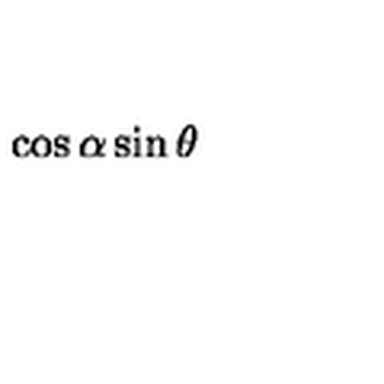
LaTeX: \cos \alpha \sin \theta